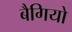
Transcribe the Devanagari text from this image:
बैगियो